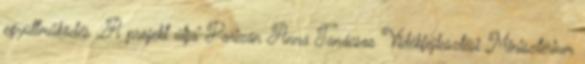
együttműködés „A projekt útja” Parizán Anna Tanácsos Vidékfejlesztési Minisztérium